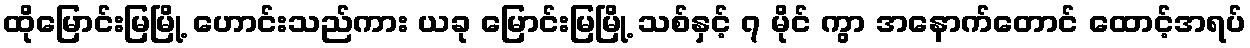
ထိုမြောင်းမြမြို့ ဟောင်းသည်ကား ယခု မြောင်းမြမြို့ သစ်နှင့် ၇ မိုင် ကွာ အနောက်တောင် ထောင့်အရပ်